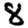
Digit: 8